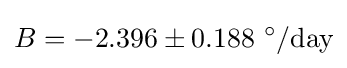
B=-2.396\pm 0.188\ ^{\circ }/{\text{day}}